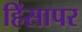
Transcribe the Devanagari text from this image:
हिंसापर